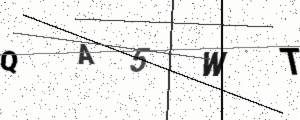
Text: QA5WT